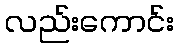
လည်းကောင်း